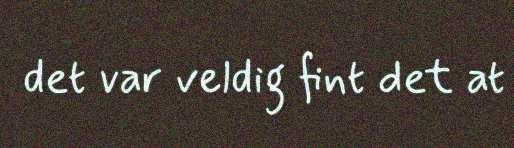
det var veldig fint det at